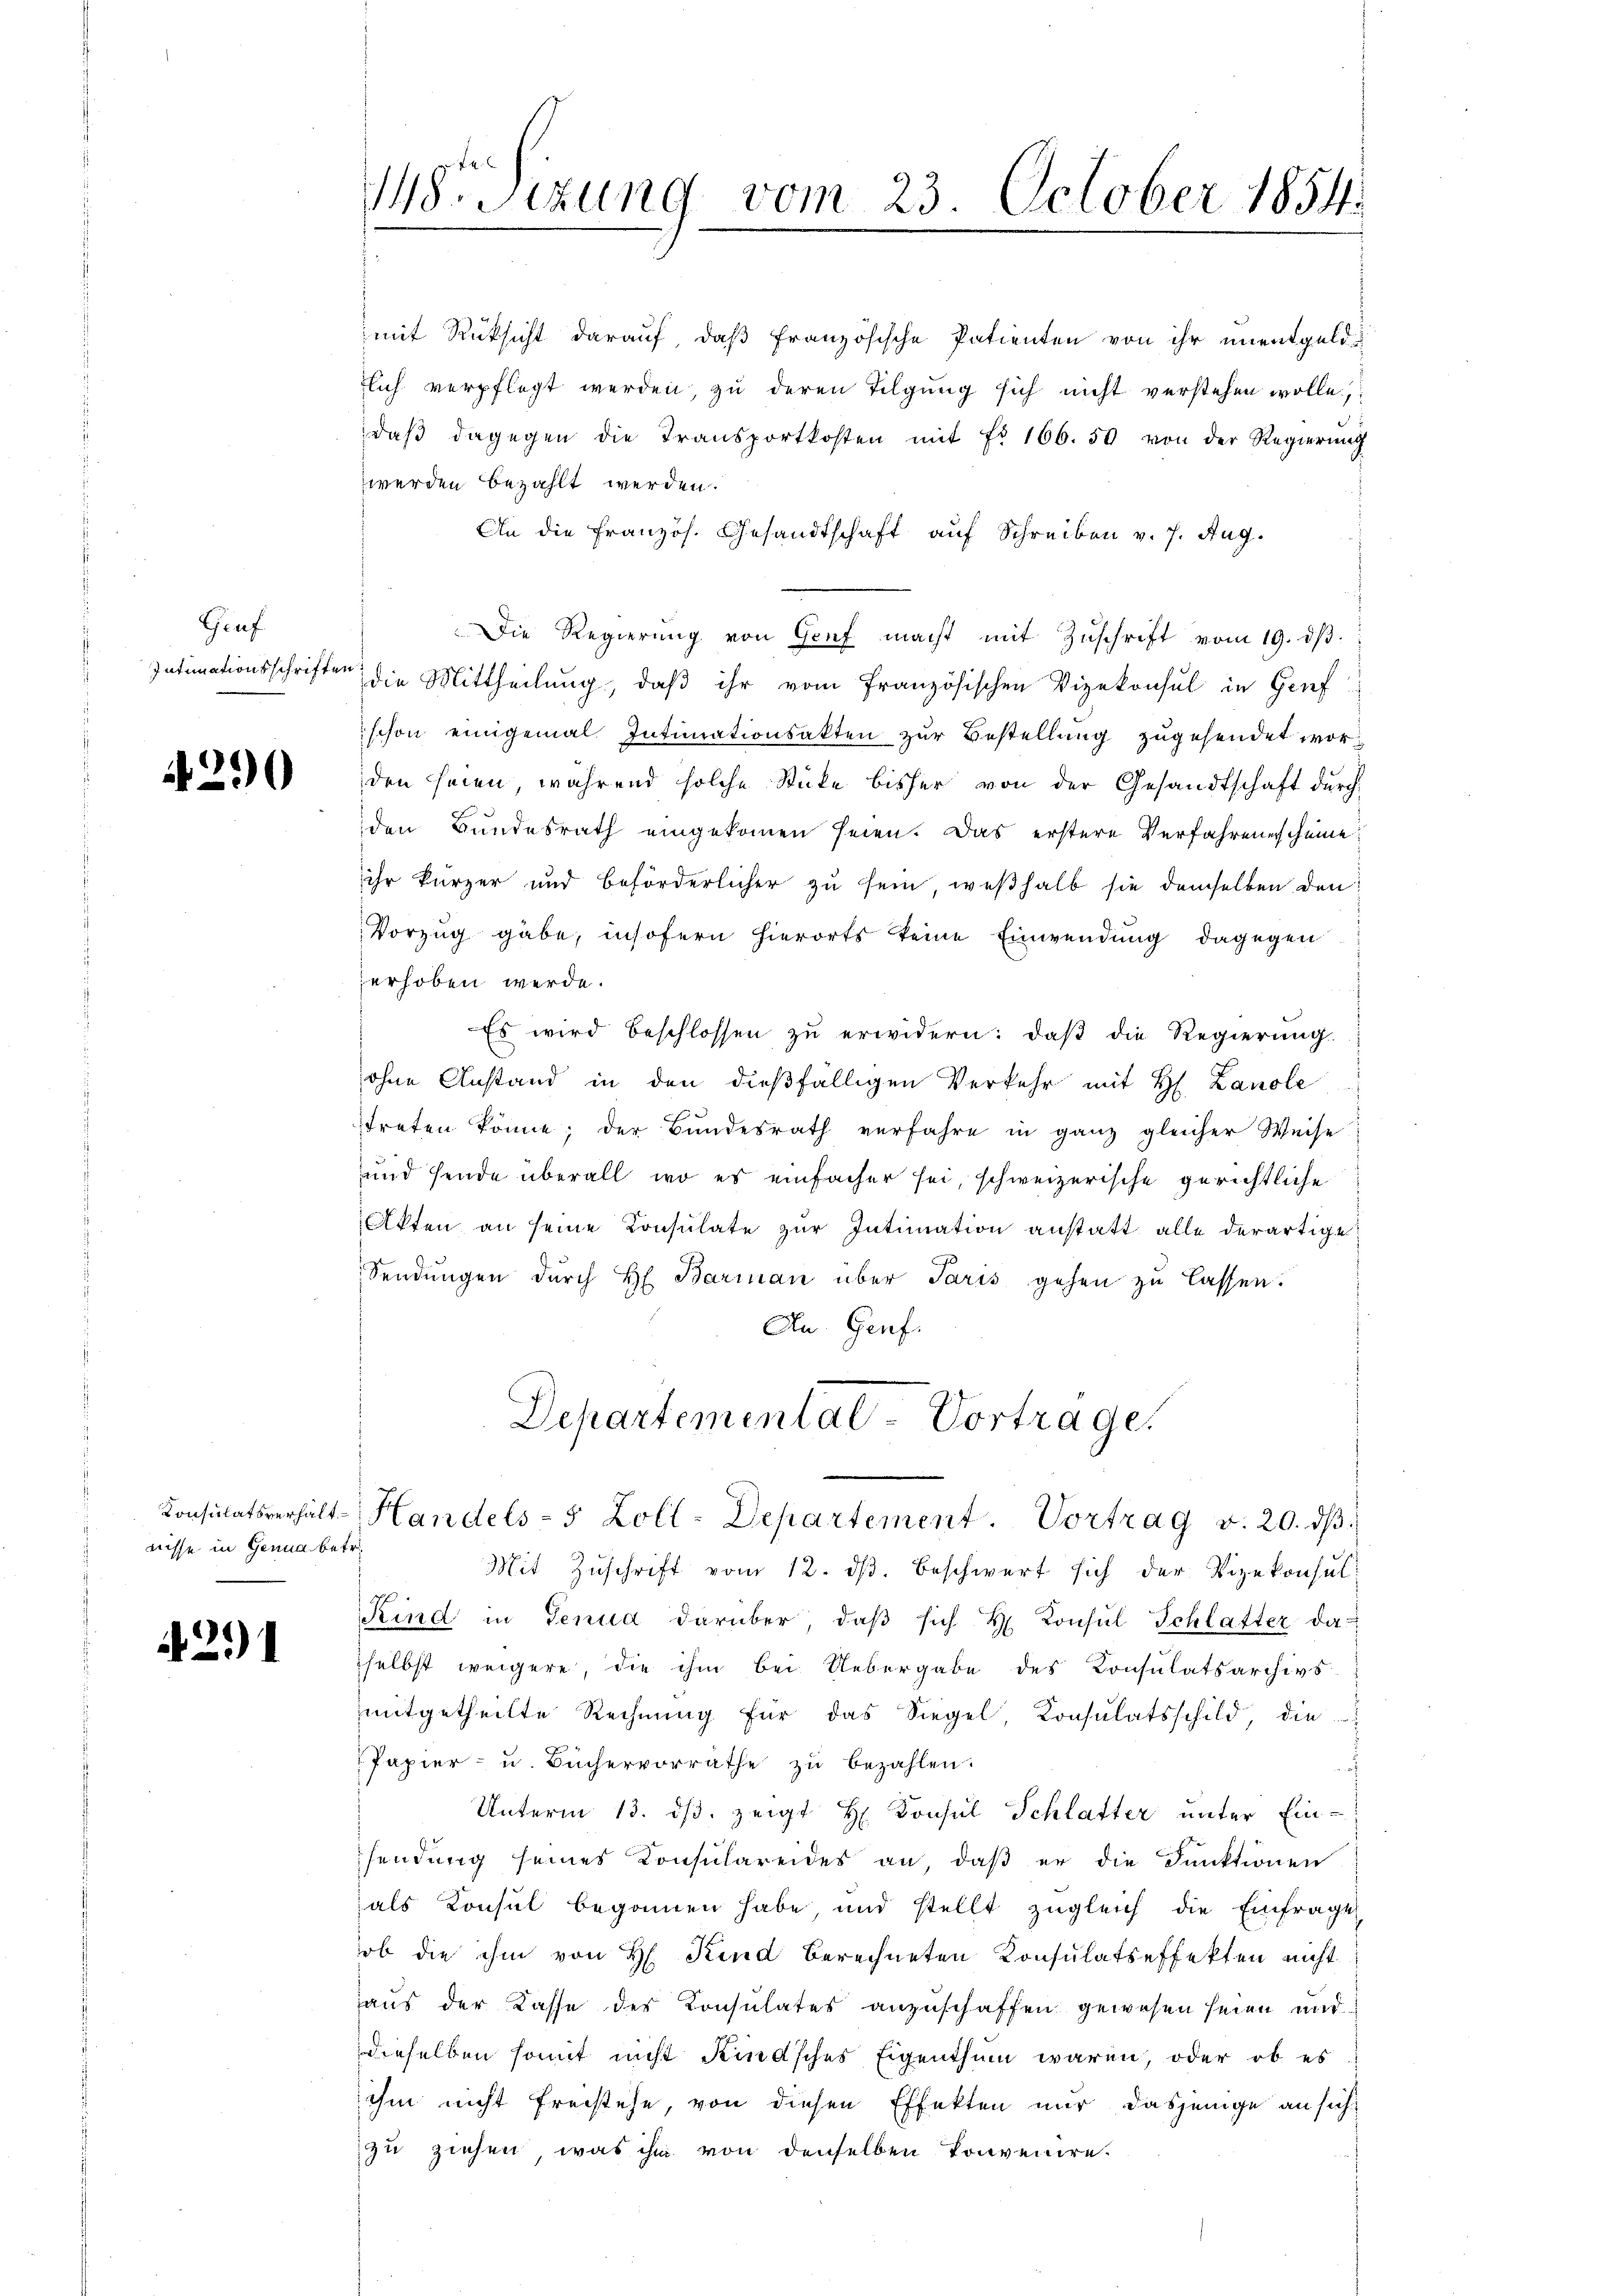
Gruf
Intimationsschriften

290

nisse in Genua betr.

291

mit Rüksicht darauf, daß französische Patienten von ihr unentgeldlich verpflegt werden, zu deren Tilgung sich nicht verstehen wolle,
daβ dagegen die Transportkosten mit Nr 166. 50 von der Regierung
werden bezahlt werden.
An die Französ. Gesandtschaft auf Schreiben v. 7. Aug.
Die Regierung von Gruf macht mit Zuschrift vom 19. dβ.
die Mittheilung, daß ihr vom französischen Vizekonsul in Genf
schon einigemal Intimationsakten zŭr Bestellŭng zugesendet worden seien, während solche Stücke bisher von der Gesandtschaft durch
den Bundesrath eingekommen seien. Das erstere Verfahrenenscheine
ihr kürzer und beförderlicher zu sein, weßhalb sie demselben den
Vorzug gabe, insofern hierorts keine Einwendung dagegen
erhoben werde.
Es wird beschlossen zu erwidern: daß die Regierung.
ohne Anstand in den dießfälligen Verkehr mit H. Lanole
treten könne; der Bundesrath verfahre in ganz gleicher Weise
und sende überall, wo es einfacher sei, schweizerische gerichtliche
Akten an seine Consulate zur Intimation anstatt alle derartige
Sendungen durch H. Barian über Paris gehen zu lassen.
An Genf.
Departemental Vortrage.
Consulatsverhält-Handels- 5 Zoll-Departement Vortrag v. 20. dβ.
Mit Zuschrift vom 12. ds. beschwert sich der Vizekonsul¬
Kind in Genua darüber, daβ sich H. Konsul Schlatter da
selbst weigere, die ihm bei Uebergabe des Konsulatsarchivs
mitgetheilte Rechnung für das Siegel Consulatsschild, die
Papier- u. Büchervorräthe zŭ bezahlen.
h
Unterm 13. dβ zeigt H. Konsul Schlatter unter Ein-
sendung seines Konsulareides an, daβ er die Funktionen
als Konsul begonnen habe, und stellt zugleich die Einfrage
ob die ihm von H. Kind berechneten Konsulatseffekten nicht
haus der Kasse des Konsulates anzuschaffen gewesen seien und
dieselben somit nicht Rindsches Eigenthum waren, oder ob es
ihm nicht freistehe, von diesen Effekten nur dasjenige an sicht
zu ziehen, was ihm von denselben konvenire.

18. Sizung vom 23. October 1854.